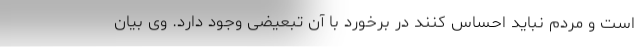
است و مردم نباید احساس کنند در برخورد با آن تبعیضی وجود دارد. وی بیان